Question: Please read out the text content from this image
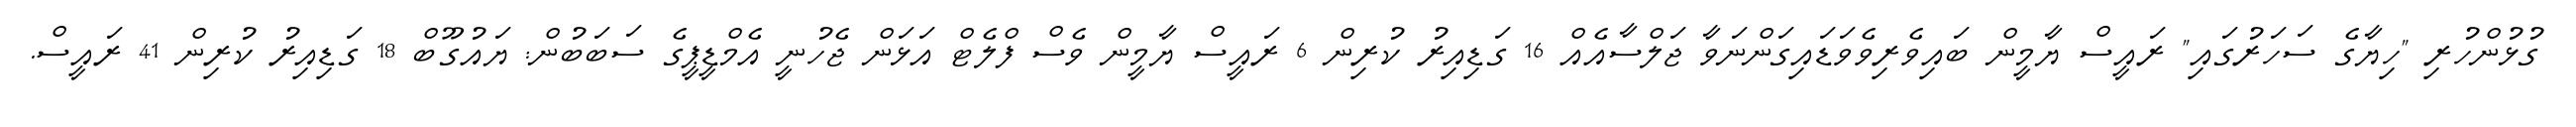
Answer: ގުޅުންހުރި "ހިޔާގެ ސަހަރުގައި" ރައީސް ޔާމީން ބައިވެރިވެވަޑައިގަންނަވާ ޖަލްސާއެއް 16 ގަޑިއިރު ކުރިން 6 ރައީސް ޔާމީން ވެސް ފްލެޓް އަޅަން ޖެހުނީ އެމްޑީޕީގެ ސަބަބުން: ޔައުގޫބް 18 ގަޑިއިރު ކުރިން 41 ރައީސް.